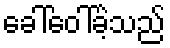
ခေါ်ဝေါ်ခဲ့သည်